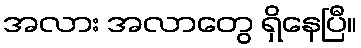
အလား အလာတွေ ရှိနေပြီ။